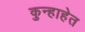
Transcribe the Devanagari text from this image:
कुन्हाहेत